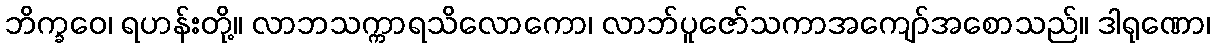
ဘိက္ခဝေ၊ ရဟန်းတို့။ လာဘသက္ကာရသိလောကော၊ လာဘ်ပူဇော်သကာအကျော်အစောသည်။ ဒါရုဏော၊